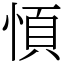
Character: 㥧